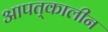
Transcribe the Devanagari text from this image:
आपत्‌कालीन